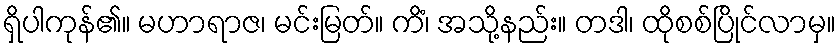
ရှိပါကုန်၏။ မဟာရာဇ၊ မင်းမြတ်။ ကိံ၊ အသို့နည်း။ တဒါ၊ ထိုစစ်ပြိုင်လာမှ။